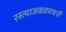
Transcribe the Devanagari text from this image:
रस्त्याजवळचचर्नी